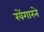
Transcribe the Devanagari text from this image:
खेंगारने